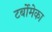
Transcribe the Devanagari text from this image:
टर्बोमेका